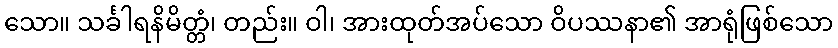
သော။ သင်္ခါရနိမိတ္တံ၊ တည်း။ ဝါ၊ အားထုတ်အပ်သော ဝိပဿနာ၏ အာရုံဖြစ်သော